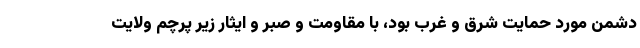
دشمنِ مورد حمایت شرق و غرب بود، با مقاومت و صبر و ایثار زیر پرچم ولایت